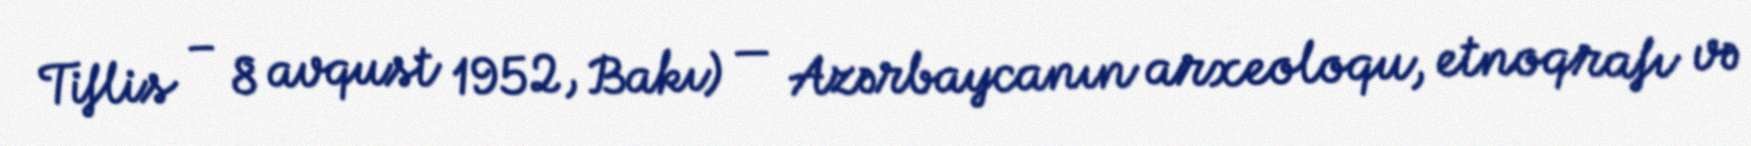
Tiflis – 8 avqust 1952, Bakı) — Azərbaycanın arxeoloqu, etnoqrafı və